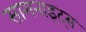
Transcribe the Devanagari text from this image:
सामनाइट्स